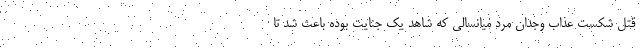
قتل شکست عذاب وجدان مرد میانسالی که شاهد یک جنایت بوده باعث شد تا